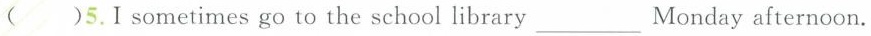
( )5.Ⅰ sometimes go to the school library ___ Monday afternoon.